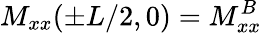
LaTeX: M_{xx}(\pm L/2,0)=M_{xx}^{B}